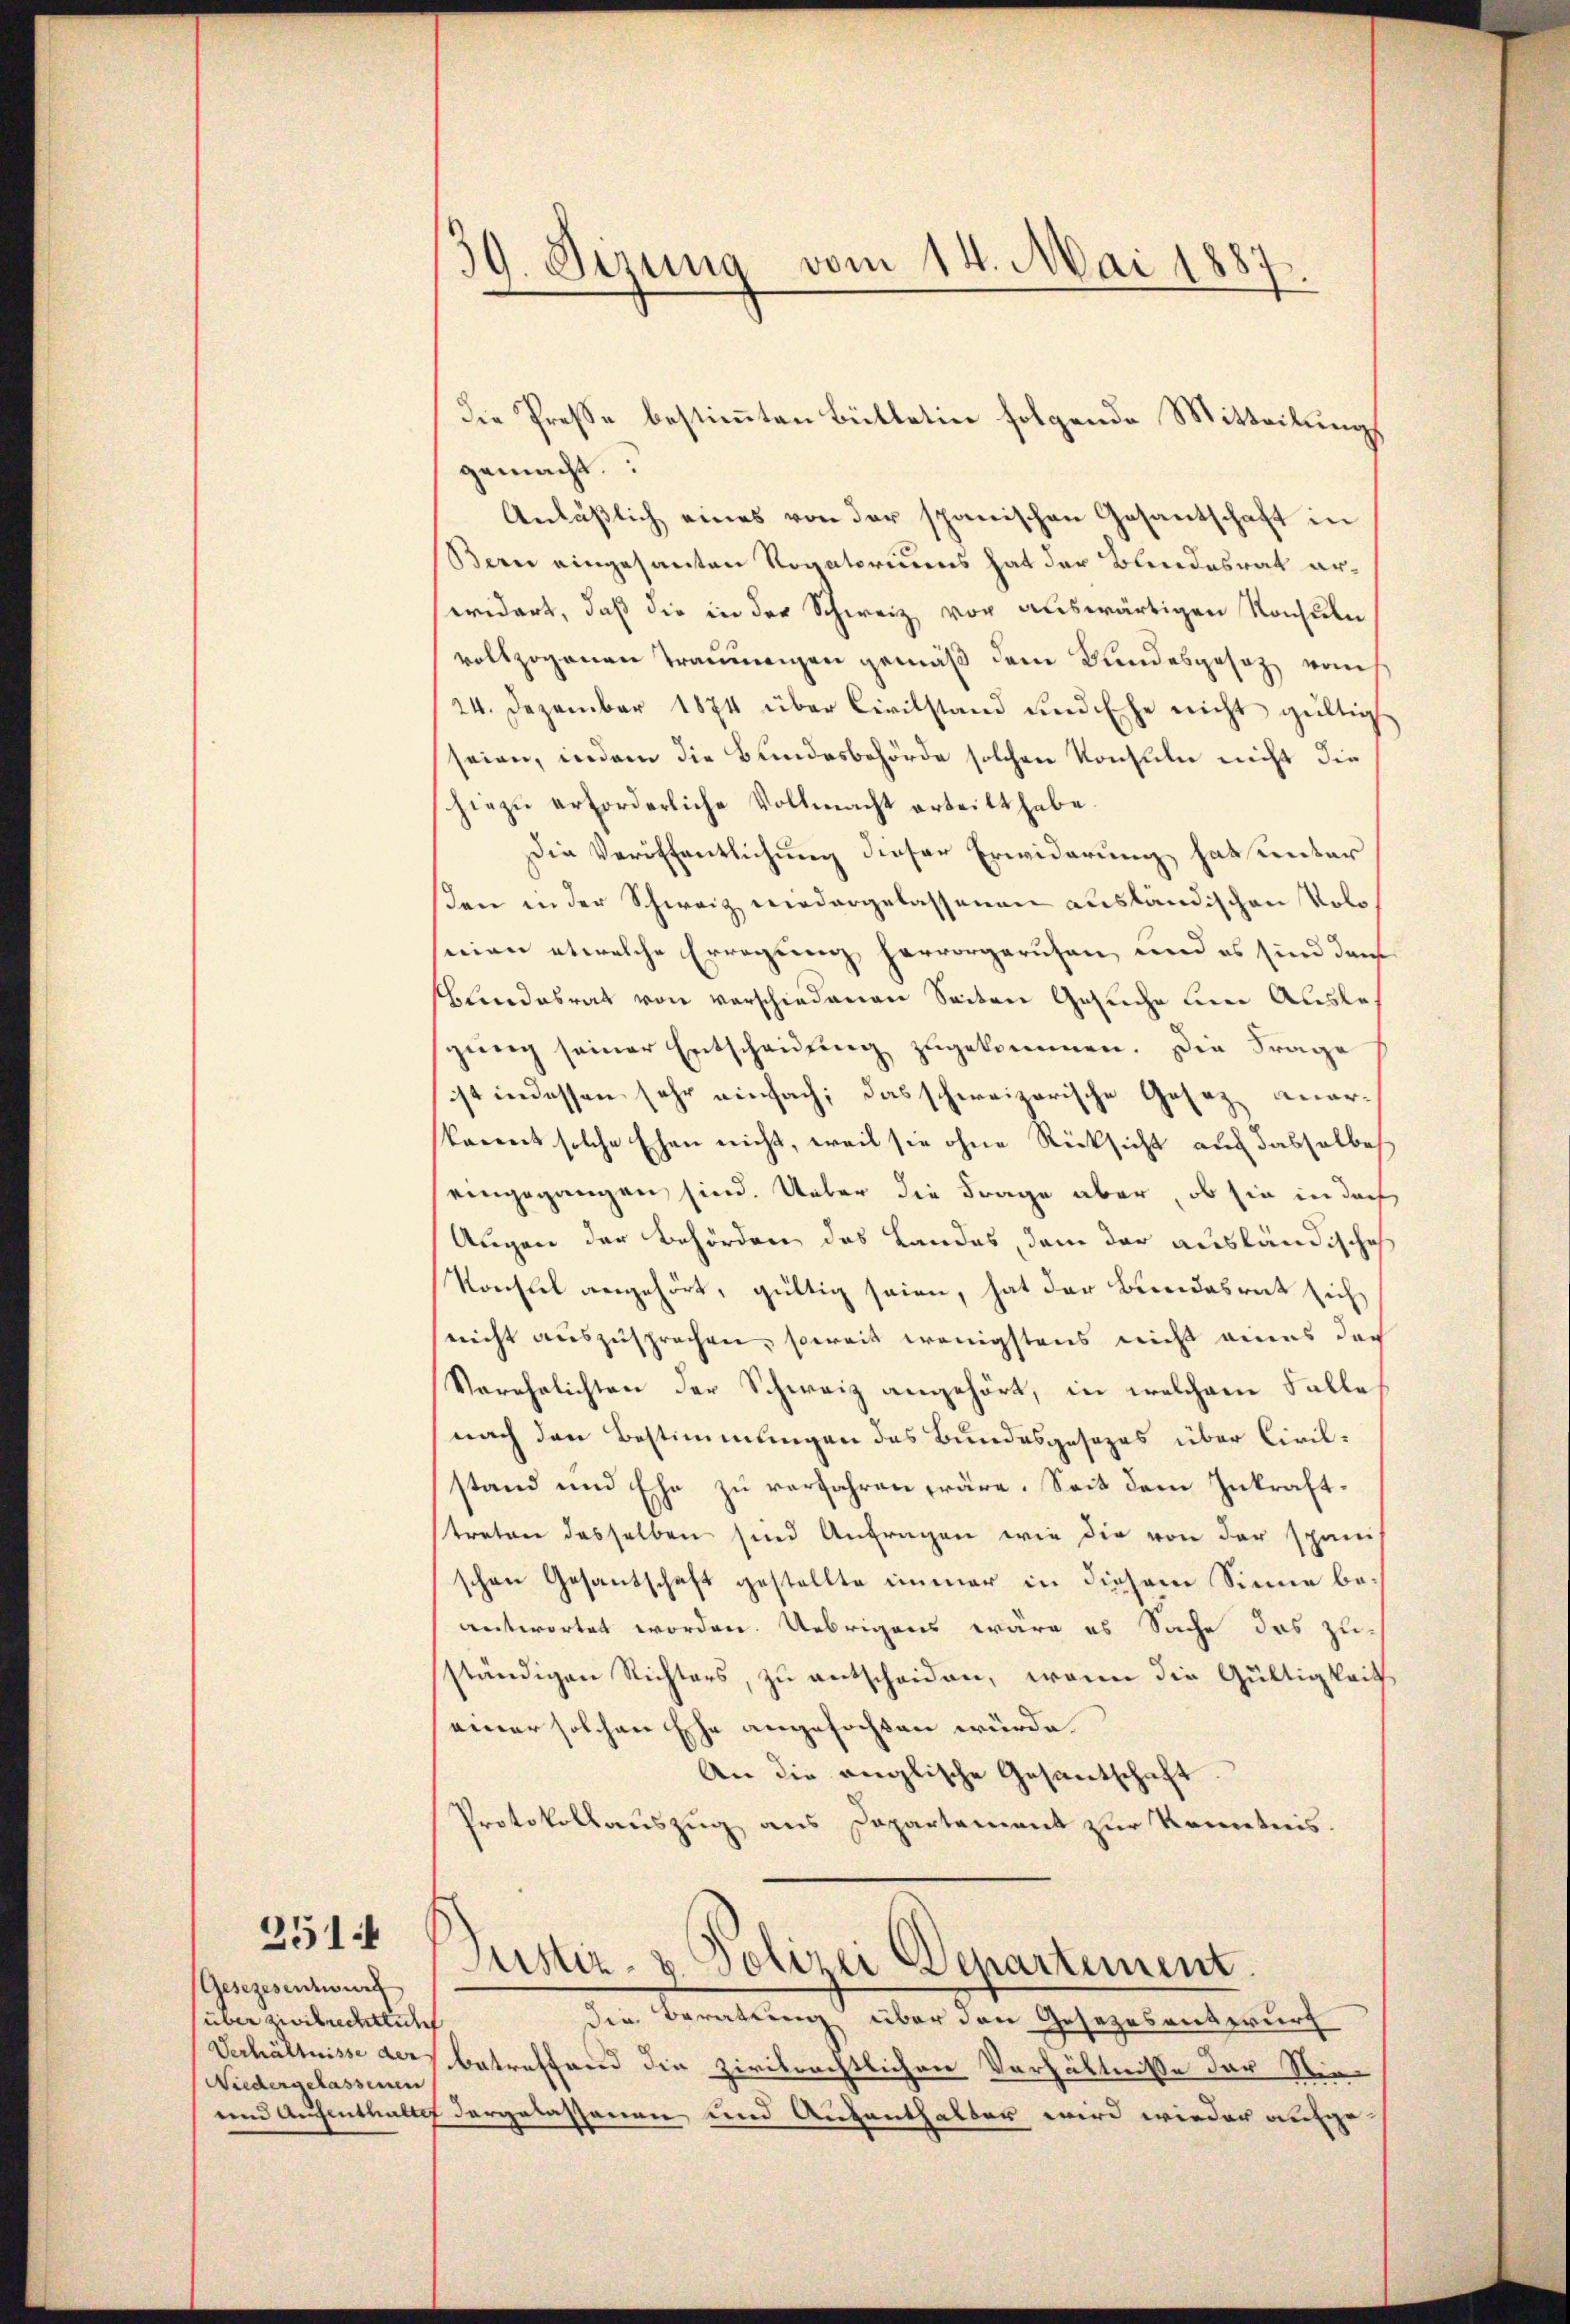
251

Gesezesentwurf
über zweibrederlich
Verhältnisse der
Niedergelassenen

39. Sizung vom 14. Mai 1887.

die Preße bestimmten Bütletin folgende Mitteilungs
gemacht.
Anläßlich eines von der spanischen Gesantschaft in
Bern eingesanten Rogatoriums hat der Bundesrat erwidert, daß die in der Schweiz vor auswärtigen Konsuln
vollzogenen Trauungen gemäß dem Bundesgesetz vom
24. Dezember 1874 über Civilstand und Ehe nicht gültig
seien, indem die Bundesbehörde solchen Konsuln nicht die
hiezŭ erforderliche Vollmacht erteilt habe.
Die Veröffentlichung dieser Erwiderung hat unter
den in der Schweiz niedergelassenen ausländischen Volonion etwelche Erregung hervorgerufen, und es sind darf
blindesrat von verschiedenen Seiten Gesuche um Auslesgŭng seiner Entscheidŭng zugekommen. Die Frage
ist indessen sehr einfach, das schweizerische Gesez anerkannt solche Ehen nicht, weil sie ohne Rücksicht auf dasselbe
eingegangen sind. Ueber die Frage aber, ob sie in doch
Augen der Behörden des Landes, dem der ausländische
Sonstel angehört, gültig seien, hat der Bundesrat sich
nicht auszusprechen, soweit wenigstens nicht eines der
Verehelichten der Schweiz angehört, in welchem Falle
nach den Bestimmungen das Bundesgesezes über Civilstand und Ehe zu verfahren wäre. Seit dem Inkraftstreten desselben sind Anfragen wie die von der spani
schen Gesantschaft gestellte immer in diesem Sinne beantwortet worden. Uebrigens wäre es Sache das zuständigen Richters, zu entscheiden, wenn die Gültigkeit
einer solchen Ehe angefochten würde.
An die anglische Gesantschaft
Protokollauszug aus Dapartement zur Kenntnis.

die Beratung über den Gesezesentwurf
betreffend die zivilrechtlichen Verhältnisse der Sie
und Aufenthaltet dargelassenen und Aufenthalber wird wieder aufge¬

Justiz- & Polizei Departement